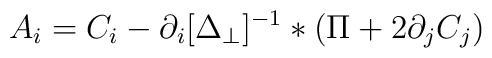
A_{i}  =  C_i - {\partial_i}[\Delta_\perp]^{-1}*(\Pi +2 \partial_j C_j)